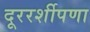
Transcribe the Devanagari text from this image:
दूररर्शीपणा